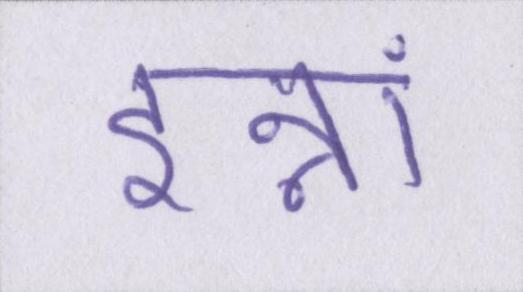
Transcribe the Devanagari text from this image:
इन्नां